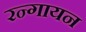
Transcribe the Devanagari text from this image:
रन्गायन